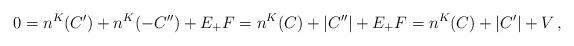
LaTeX: \begin{align*}0=n^K(C')+n^K(-C'')+E_+F=n^K(C)+|C''|+E_+F=n^K(C)+|C'|+V\,,\end{align*}